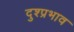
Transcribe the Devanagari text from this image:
दुश्प्रभाव